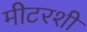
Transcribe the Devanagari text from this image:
मीटरशी